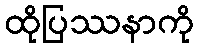
ထိုပြဿနာကို